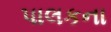
પાલકના